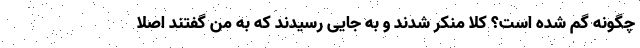
چگونه گم شده است؟ کلا منکر شدند و به جایی رسیدند که به من گفتند اصلا